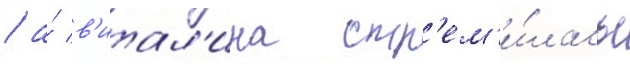
/ а́ в'итал'ина стр'ем'и́лась